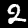
Label: 2